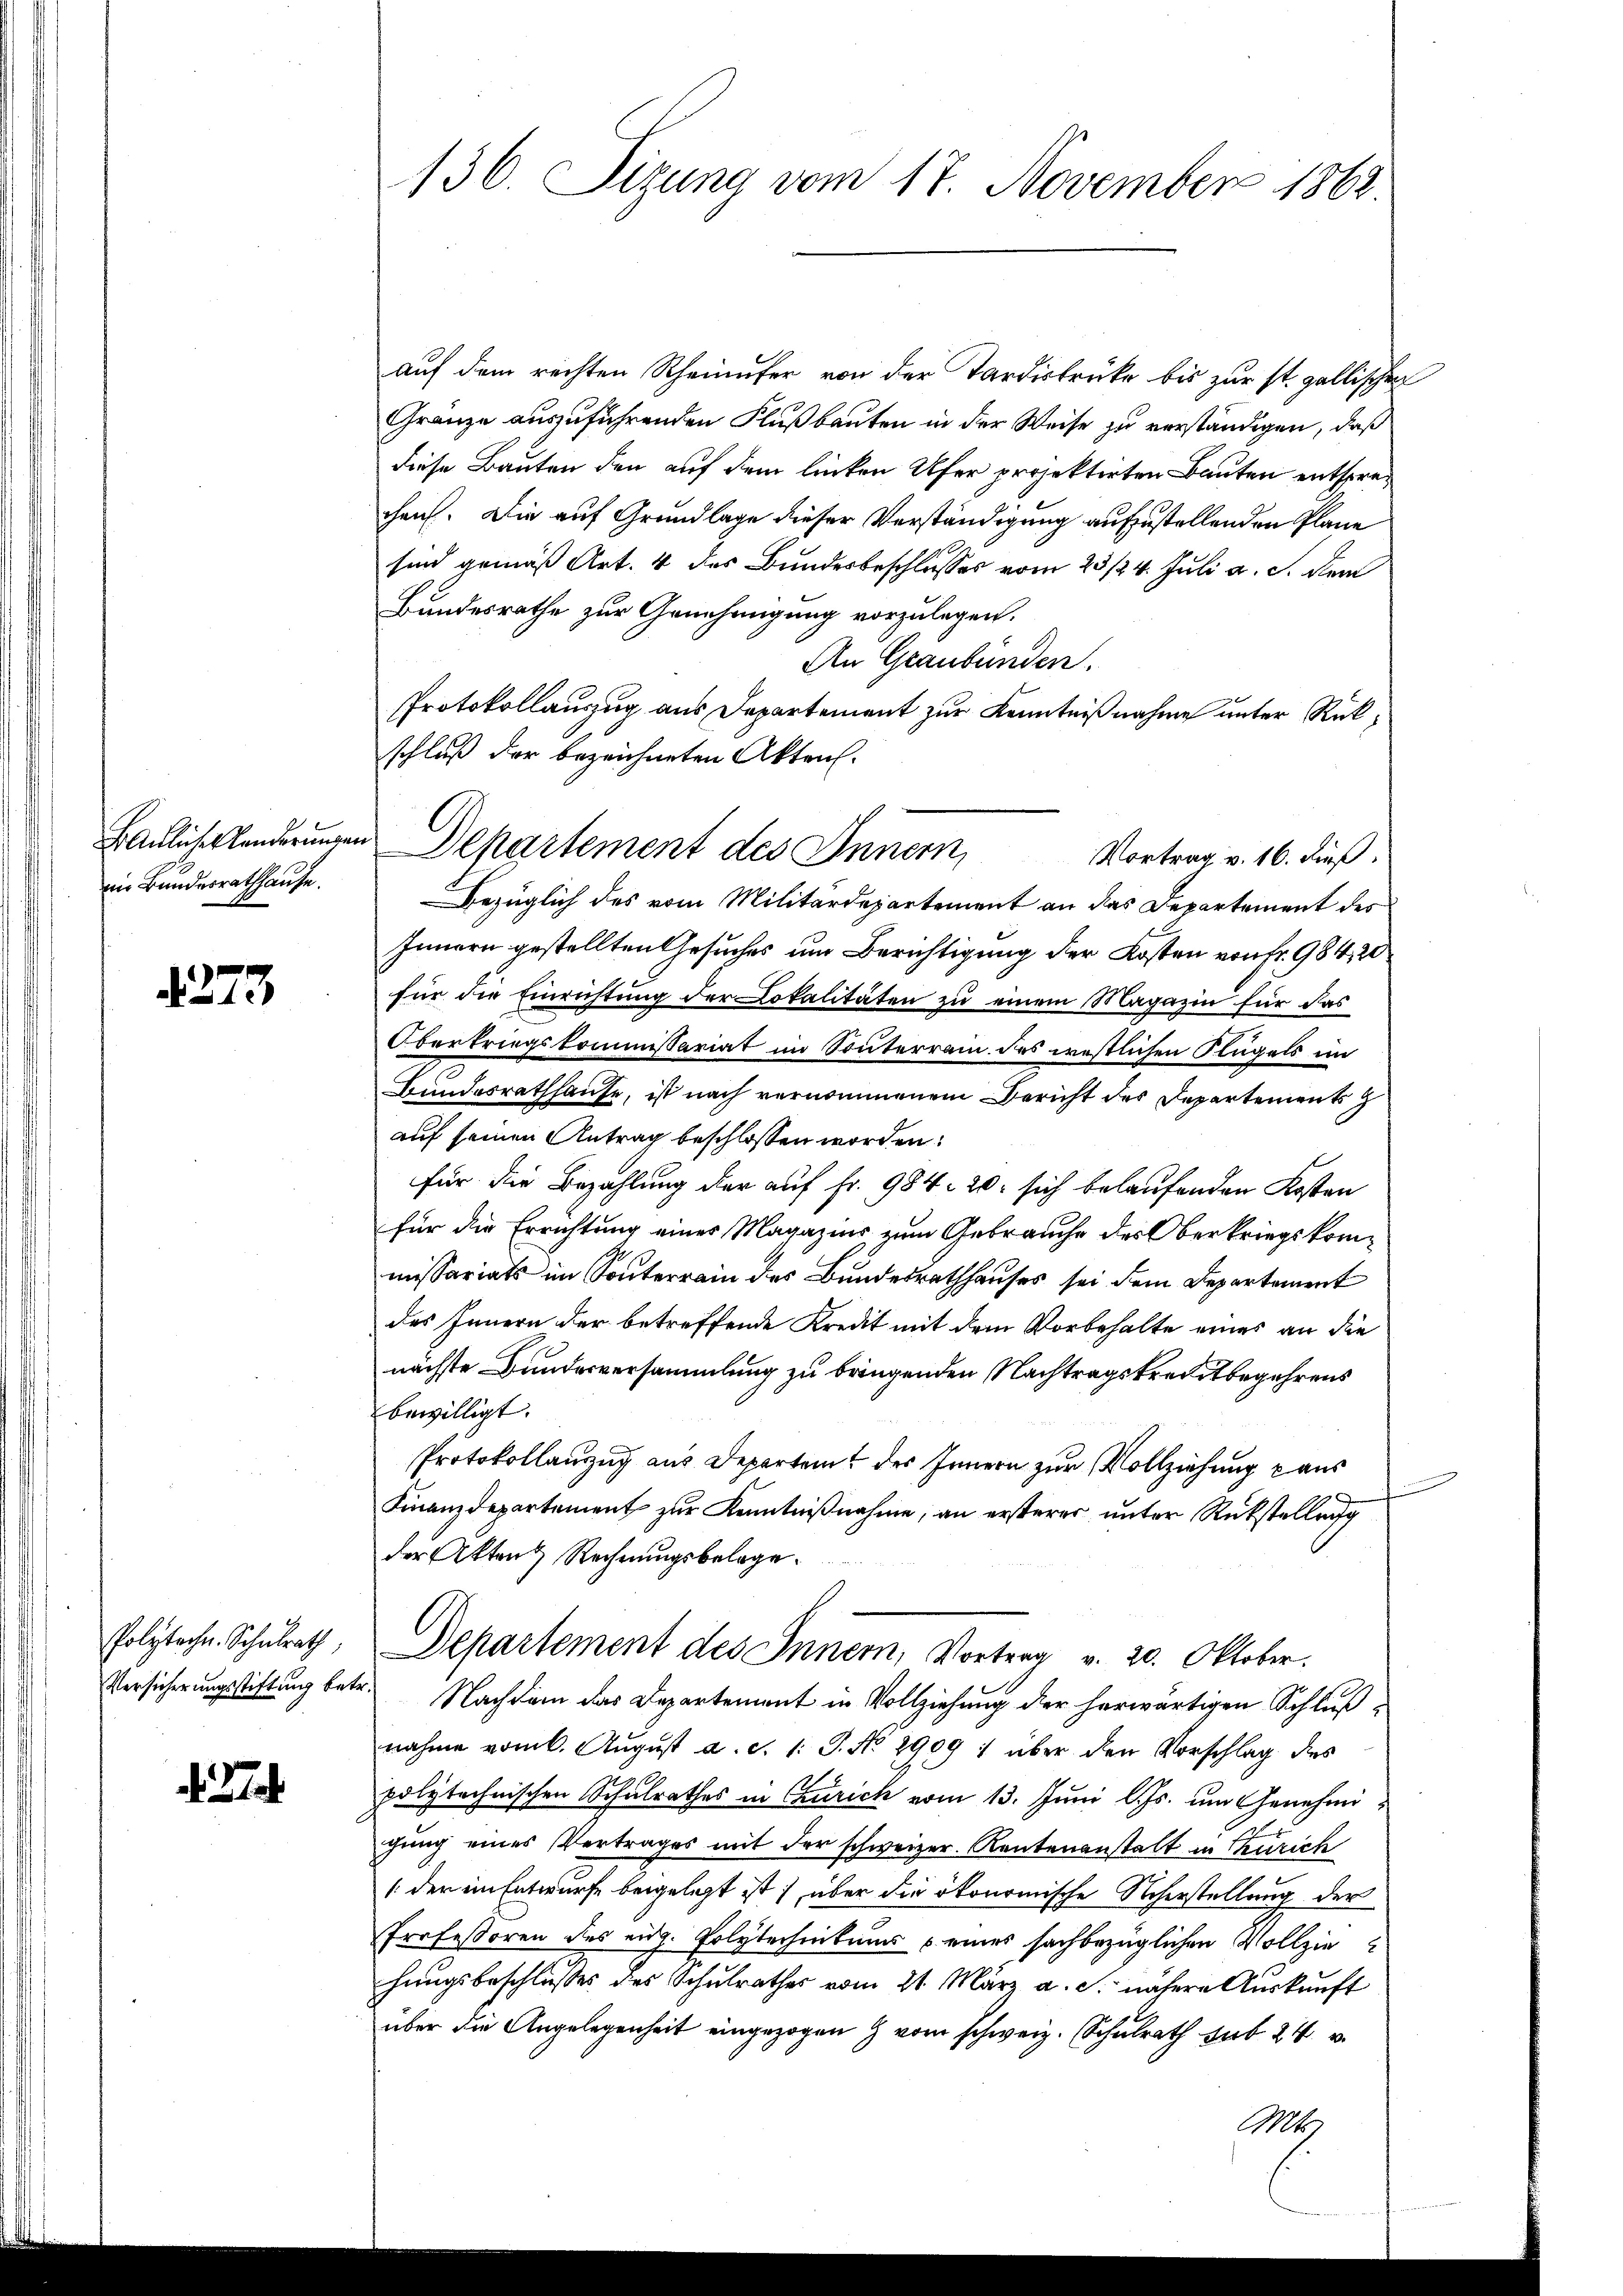
Bauliches landerungen
in Bundesrathhause.

273

Polyteche. Schulrath,
Versicherungsstiftung betr

d. 274

136. Sizung vom 17. November 1862

auf dem rechten Rheinufer von der Tardistrücke bis zur st. gallischen
Gränze auszuführenden Flußbauten in der Weise zu verständigen, daß
diese Bauten den auf dem linken Ufer projektirten Bauten entsprechen. Die auf Grundlage dieser Verständigung aufzustellenden Plane
sind gemäß Art. 4 des Bundesbeschlusses vom 23/24. Juli a. c. dem
Bundesrathe zur Genehmigung vorzulegen.
An Graubünden.
Protokollauszug aus Departement zur Kenntnißnahme unter Rückschluß der bezeichneten Akten.
Bezüglich des vom Militärdepartement an das Departement des
Innern gestellten Gesuches um Berichtigung der Kosten von fr. 984, 20
für die Einrichtŭng der Lokalitäten zu einem Magazin für das
Obertriegskommissariat im Souterrain des westlichen Flügels im
Bundesrathhause, ist nach vernommenem Bericht des Departement
auf seinen Antrag beschlossen worden:
für die Bezahlung der auf fr. 984. 20. sich belaufenden Kosten
für die Errichtung eines Magazins zum Gebrauche des Oberkriegskommissariats im Sonnterrain des Bundesrathhauses sei dem Departement
des Innern der betreffende Kredit mit dem Vorbehalte eines an die
nächste Bundesversammlung zu bringenden Nachtragskreditbegehrens
bewilligt.
Protokollanzug aus Departem des Innern zur Vollziehung aus
Finanzdepartement zur Kenntnißnahme, an ersterer unter Rückstellung
der Akten Rechnungsbelage.
Departement des Innern, Vortrag v. 20. Oktober.
Nachdem das Departement in Vollziehung der herwärtigen Schluß
nahme vom 6. August a. c. 1. J. No. 2909: über den Vorschlag des
polytechnischen Schulrathes in Churich vom 13. Juni l. Js. um Genehmigung eines Vertrages mit der schweizer. Rentenanstalt in Zürich
(der im Entwurfe beigelegt ist über die ökonomische Scherstellung der
Professoren des eidg. Polytechentums u eines sachbezüglichen Vollzie
hungsbeschlußes des Schulrathes vom 21. März a. c. nähere Auskunft
über die Angelegenheit eingezogen & vom schweiz. Schulrath sub 24 v.
MH.

Departement des Innern, Vortrag v. 16. dieß.